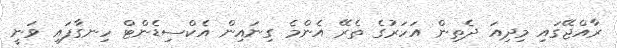
ރާއްޖޭގައި މިދިއަ ދެތިން އަހަރުގެ ތެރޭ އެންމެ ގިނައިން އެކްސިޑެންޓް ހިނގާފައި ވަނީ